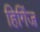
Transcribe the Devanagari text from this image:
हिगिंज